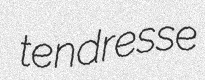
tendresse